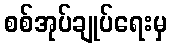
စစ်အုပ်ချုပ်ရေးမှ